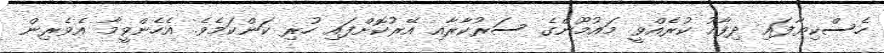
ހެސްކިޔާފައި ދިފާއު ކުރެއްވީ މައުމޫންގެ ސަރުކާރާއި އޭރުކޮށްފައި ހުރި ކަންކަމެވެ. އެހެންވީމާ އެވެރިން